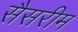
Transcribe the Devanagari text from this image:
सैसरीम